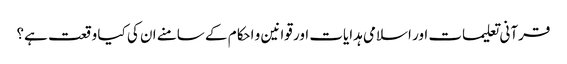
قرآنی تعلیمات اور اسلامی ہدایات اور قوانین و احکام کے سامنے ان کی کیا وقعت ہے؟